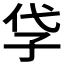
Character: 𡥖